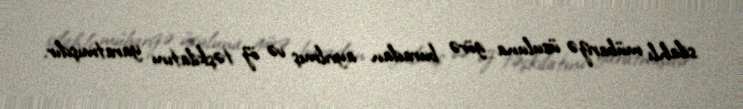
silahlı mübarizə üsuluna görə buradan ayrılmış və öz təşkilatını yaratmışdır.